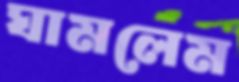
ঘামলেম